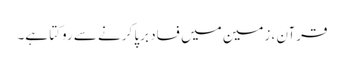
قرآن ، زمین میں فساد برپا کرنے سے روکتا ہے۔